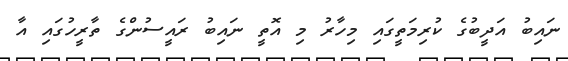
ނައިބު އަދީބުގެ ކުރިމަތީގައި މިހާރު މި އޮތީ ނައިބު ރައީސުންގެ ތާރީހުގައި އާ